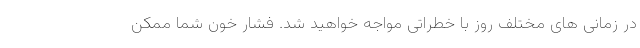
در زمانی های مختلف روز با خطراتی مواجه خواهید شد. فشار خون شما ممکن